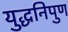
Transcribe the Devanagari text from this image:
युद्धनिपुण